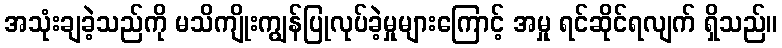
အသုံးချခဲ့သည်ကို မသိကျိုးကျွန်ပြုလုပ်ခဲ့မှုများကြောင့် အမှု ရင်ဆိုင်ရလျက် ရှိသည်။